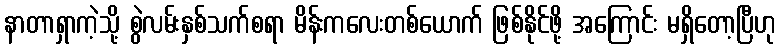
နာတာရှာကဲ့သို့ စွဲလမ်းနှစ်သက်စရာ မိန်းကလေးတစ်ယောက် ဖြစ်နိုင်ဖို့ အကြောင်း မရှိတော့ပြီဟု